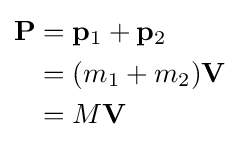
{\begin{aligned}\mathbf {P} &=\mathbf {p} _{1}+\mathbf {p} _{2}\\&=(m_{1}+m_{2})\mathbf {V} \\&=M\mathbf {V} \end{aligned}}